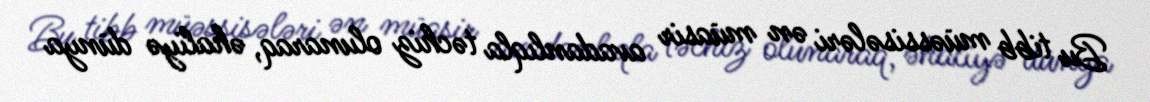
Bu tibb müəssisələri ən müasir avadanlıqla təchiz olunaraq, əhaliyə dünya